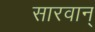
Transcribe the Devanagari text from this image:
सारवान्‌